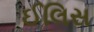
ઈલિસ